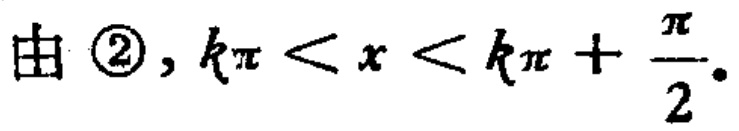
由 \textcircled{2}, \(k\pi < x < k\pi + \frac{\pi}{2}\).